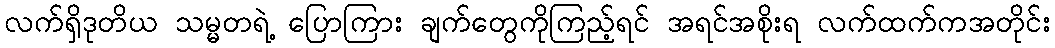
လက်ရှိဒုတိယ သမ္မတရဲ့ ပြောကြား ချက်တွေကိုကြည့်ရင် အရင်အစိုးရ လက်ထက်ကအတိုင်း